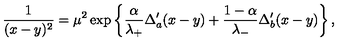
\frac { 1 } { ( x - y ) ^ { 2 } } = \mu ^ { 2 } \exp \left\{ \frac { \alpha } { \lambda _ { + } } \Delta _ { a } ^ { \prime } ( x - y ) + \frac { 1 - \alpha } { \lambda _ { - } } \Delta _ { b } ^ { \prime } ( x - y ) \right\} ,